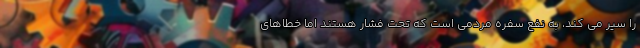
را سیر می کند، به نفع سفره مردمی است که تحت فشار هستند اما خطاهای